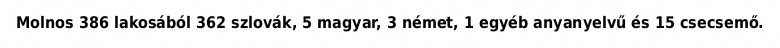
Molnos 386 lakosából 362 szlovák, 5 magyar, 3 német, 1 egyéb anyanyelvű és 15 csecsemő.